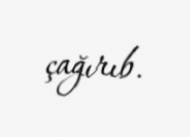
çağırıb.